Report of the Indian Hemp Drugs Commission, 1894-1895 - Volume V
Year: 1894
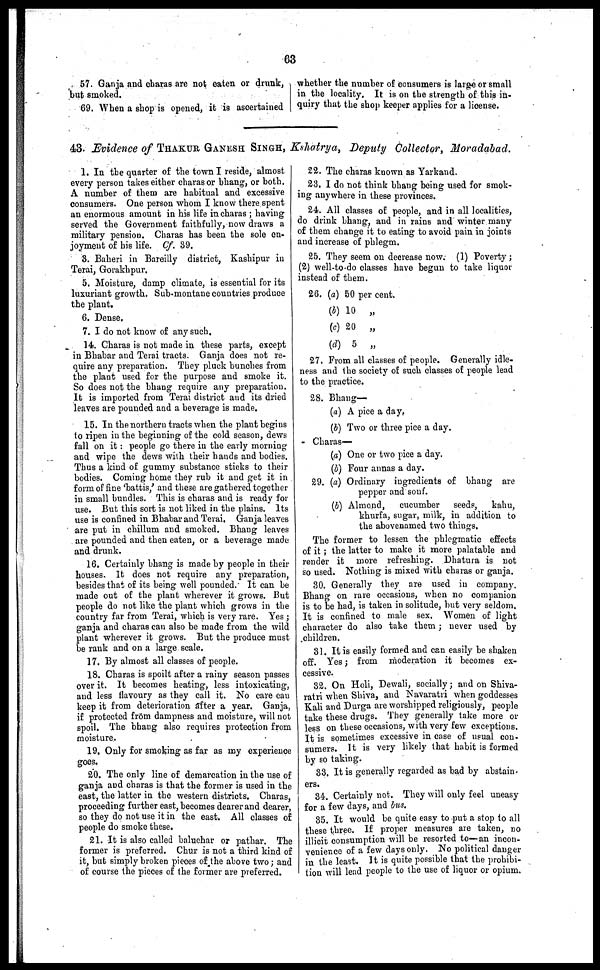
63
57. Ganja and charas are not oaten or drunk,
but smoked.
69. When a shop is opened, it is ascertained
whether the number of consumers is large or small
in the locality. It is on the strength of this in-
quiry that the shop keeper applies for a license.
43. Evidence of THAKUR GANESH SINGH, Kshatrya, Deputy Collector, Moradabad.
1. In the quarter of the town I reside, almost
every person takes either charas or bhang, or both.
A number of them are habitual and excessive
consumers. One person whom I know there spent
an enormous amount in his life in charas ; having
served the Government faithfully, now draws a
military pension. Charas has been the sole en-
joyment of his life. Cf. 39.
3. Baheri in Bareilly district, Kashipur in
Terai, Gorakhpur.
5. Moisture, damp climate, is essential for its
luxuriant growth. Sub-montane countries produce
the plant.
6. Dense.
7. I do not know of any such.
14. Charas is not made in these parts, except
in Bhabar and Terai tracts. Ganja does not re-
quire any preparation. They pluck bunches from
the plant used for the purpose and smoke it.
So does not the bhang require any preparation.
It is imported from Terai district and its dried
leaves are pounded and a beverage is made.
15. In the northern tracts when the plant begins
to ripen in the beginning of the cold season, dews
fall on it : people go there in the early morning
and wipe the dews with their hands and bodies.
Thus a kind of gummy substance sticks to their
bodies. Coming home they rub it and get it in
form of fine 'battis,' and these are gathered together
in small bundles. This is charas and is ready for
use. But this sort is not liked in the plains. Its
use is confined in Bhabar and Terai. Ganja leaves
are put in chillum and smoked. Bhang leaves
are pounded and then eaten, or a beverage made
and drunk.
16. Certainly bhang is made by people in their
houses. It does not require any preparation,
besides that of its being well pounded. It can be
made out of the plant wherever it grows. But
people do not like the plant which grows in the
country far from Terai, which is very rare. Yes ;
ganja and charas can also be made from the wild
plant wherever it grows. But the produce must
be rank and on a large scale,
17. By almost all classes of people.
18. Charas is spoilt after a rainy season passes
over it. It becomes heating, less intoxicating,
and less flavoury as they call it. No care can
keep it from deterioration after a year. Ganja,
if protected from dampness and moisture, will not
spoil. The bhang also requires protection from
moisture.
19. Only for smoking as far as my experience
goes.
20. The only line of demarcation in the use of
ganja and charas is that the former is used in the
east, the latter in the western districts. Charas,
proceeding further east, becomes dearer and dearer,
so they do not use it in the east. All classes of
people do smoke these.
21. It is also called baluchar or pathar. The
former is preferred. Chur is not a third kind of
it, but simply broken pieces of the above two ; and
of course the pieces of the former are preferred.
22. The charas known as Yarkand.
23. I do not think bhang being used for smok-
ing anywhere in these provinces.
24. All classes of people, and in all localities,
do drink bhang, and in rains and winter many
of them change it to eating to avoid pain in joints
and increase of phlegm.
25. They seem on decrease now. (1) Poverty ;
(2) well-to-do classes have begun to take liquor
instead of them.
26. (a)
(b)
(c)
(d)
50 per cent.
10 „
20 „
5 „
27. From all classes of people. Generally idle-
ness and the society of such classes of people lead
to the practice.
28. Bhang—
(a) A pice a day.
(b) Two or three pice a day.
Charas—
(a) One or two pice a day.
(b) Four annas a day.
29. (a) Ordinary ingredients of bhang are
pepper and sonf.
(6) Almond,
cucumber
seeds, kahu,
khurfa, sugar, milk, in addition to
the abovenamed two things.
The former to lessen the phlegmatic effects
of it ; the latter to make it more palatable and
render it more refreshing. Dhatura is not
so used. Nothing is mixed with charas or ganja.
30. Generally they are used in company.
Bhang on rare occasions, when no companion
is to be had, is taken in solitude, but very seldom.
It is confined to male sex. Women of light
character do also take them ; never used by
children.
31. It is easily formed and can easily be shaken
off. Yes ; from moderation it becomes ex-
cessive.
32. On Holi, Dewali, socially ; and on Shiva-
ratri when Shiva, and Navaratri when goddesses
Kali and Durga are worshipped religiously, people
take these drugs. They generally take more or
less on these occasions, with very few exceptions.
It is sometimes excessive in case of usual con-
sumers. It is very likely that habit is formed
by so taking.
33. It is generally regarded as bad by abstain-
ers.
34. Certainly not. They will only feel uneasy
for a few days, and bus.
35. It would be quite easy to put a stop to all
these three. If proper measures are taken, no
illicit consumption will be resorted to—an incon-
venience of a few days only. No political danger
in the least. It is quite possible that the prohibi-
tion will lead people to the use of liquor or opium.